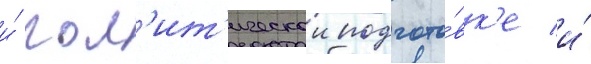
и́ пол'ит'ическои подгото́вк'е и́